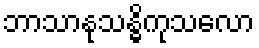
ဘာသာနုသန္ဓိကုသလော